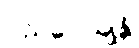
ပညပေယျန္တိ